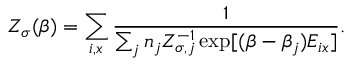
Z _ { \sigma } ( \beta ) = \sum _ { i , x } \frac { 1 } { \sum _ { j } n _ { j } Z _ { \sigma , j } ^ { - 1 } \exp [ ( \beta - \beta _ { j } ) E _ { i x } ] } .